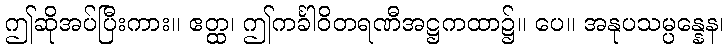
ဤဆိုအပ်ပြီးကား။ ဧတ္ထ၊ ဤကင်္ခါဝိတရဏီအဋ္ဌကထာ၌။ ပေ။ အနုပသမ္ပန္နေန၊